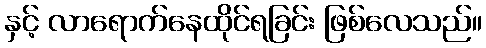
နှင့် လာရောက်နေထိုင်ရခြင်း ဖြစ်လေသည်။